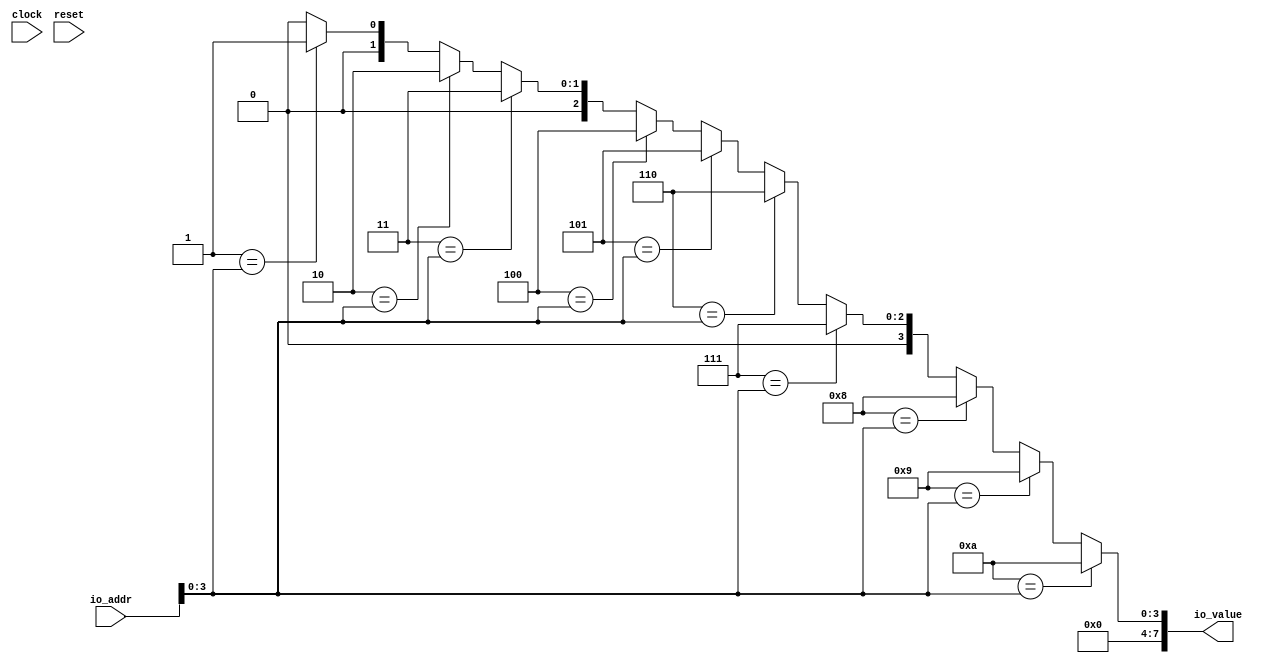
module VF(
  input        clock,
  input        reset,
  input  [7:0] io_addr,
  output [7:0] io_value
);
  wire [7:0] _GEN_1 = 4'h1 == io_addr[3:0] ? 8'h1 : 8'h0; // @[VecFillSpec.scala 18:12 VecFillSpec.scala 18:12]
  wire [7:0] _GEN_2 = 4'h2 == io_addr[3:0] ? 8'h2 : _GEN_1; // @[VecFillSpec.scala 18:12 VecFillSpec.scala 18:12]
  wire [7:0] _GEN_3 = 4'h3 == io_addr[3:0] ? 8'h3 : _GEN_2; // @[VecFillSpec.scala 18:12 VecFillSpec.scala 18:12]
  wire [7:0] _GEN_4 = 4'h4 == io_addr[3:0] ? 8'h4 : _GEN_3; // @[VecFillSpec.scala 18:12 VecFillSpec.scala 18:12]
  wire [7:0] _GEN_5 = 4'h5 == io_addr[3:0] ? 8'h5 : _GEN_4; // @[VecFillSpec.scala 18:12 VecFillSpec.scala 18:12]
  wire [7:0] _GEN_6 = 4'h6 == io_addr[3:0] ? 8'h6 : _GEN_5; // @[VecFillSpec.scala 18:12 VecFillSpec.scala 18:12]
  wire [7:0] _GEN_7 = 4'h7 == io_addr[3:0] ? 8'h7 : _GEN_6; // @[VecFillSpec.scala 18:12 VecFillSpec.scala 18:12]
  wire [7:0] _GEN_8 = 4'h8 == io_addr[3:0] ? 8'h8 : _GEN_7; // @[VecFillSpec.scala 18:12 VecFillSpec.scala 18:12]
  wire [7:0] _GEN_9 = 4'h9 == io_addr[3:0] ? 8'h9 : _GEN_8; // @[VecFillSpec.scala 18:12 VecFillSpec.scala 18:12]
  assign io_value = 4'ha == io_addr[3:0] ? 8'ha : _GEN_9; // @[VecFillSpec.scala 18:12 VecFillSpec.scala 18:12]
endmodule